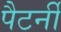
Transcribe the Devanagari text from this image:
पैटर्नी